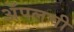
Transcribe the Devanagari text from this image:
अॅपलची